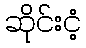
ဆိုင်းငံ့